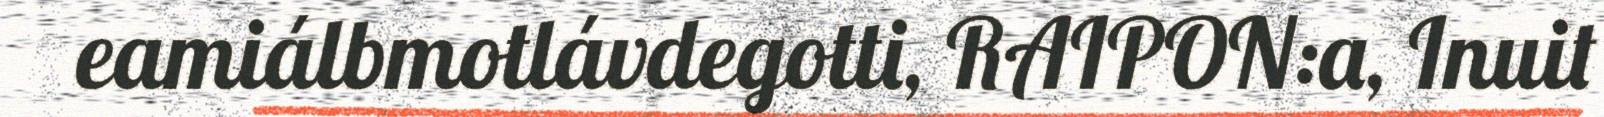
eamiálbmotlávdegotti, RAIPON:a, Inuit